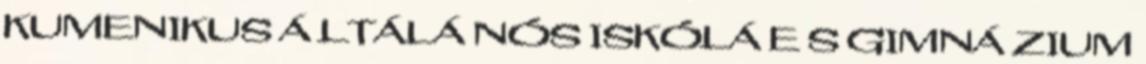
KUMENIKUS Á LTÁLÁ NÓS ISKÓLÁ E S GIMNÁ ZIUM